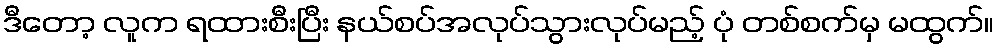
ဒီတော့ လူက ရထားစီးပြီး နယ်စပ်အလုပ်သွားလုပ်မည့် ပုံ တစ်စက်မှ မထွက်။